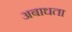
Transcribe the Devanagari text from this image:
अबाधता